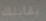
يقابلك